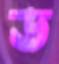
ড